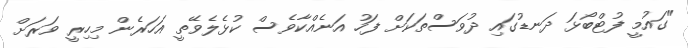
"ގައުމީ ފުޓްބޯޅަ ދަނޑުގައި ދުވަސްތަކަށް ފަހު އަނެއްކާވެސް ކުޅެލެވޭތީ އަހަރެން މިހިރީ ވަރަށް